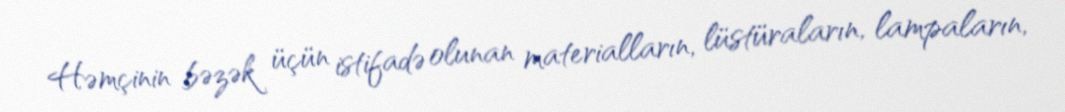
Həmçinin bəzək üçün istifadə olunan materialların, lüstüraların, lampaların,